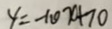
y = - 1 0 x + 7 0